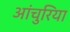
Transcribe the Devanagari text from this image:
आंचुरिया